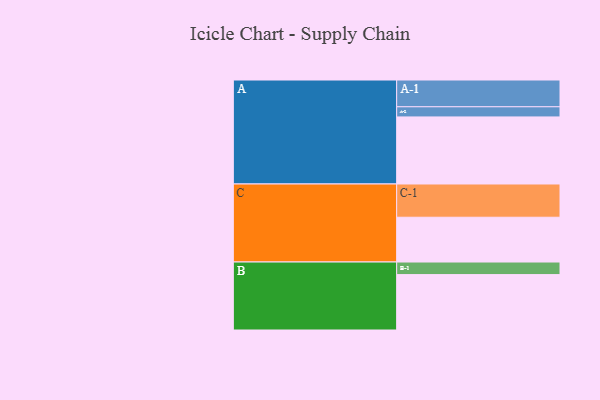
{"axis": {"x": "Segment", "y": "Value"}, "legend": ["", "A", "B", "C"], "data": [{"x": "A", "y": 581, "type": ""}, {"x": "B", "y": 480, "type": ""}, {"x": "C", "y": 388, "type": ""}, {"x": "A-1", "y": 232, "type": "A"}, {"x": "A-2", "y": 88, "type": "A"}, {"x": "B-1", "y": 109, "type": "B"}, {"x": "C-1", "y": 288, "type": "C"}]}